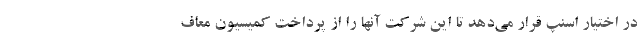
در اختیار اسنپ قرار می‌دهد تا این شرکت آنها را از پرداخت کمیسیون معاف